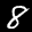
Label: 8